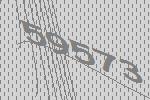
59573